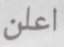
اعلن